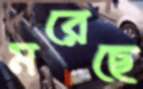
মরেছে